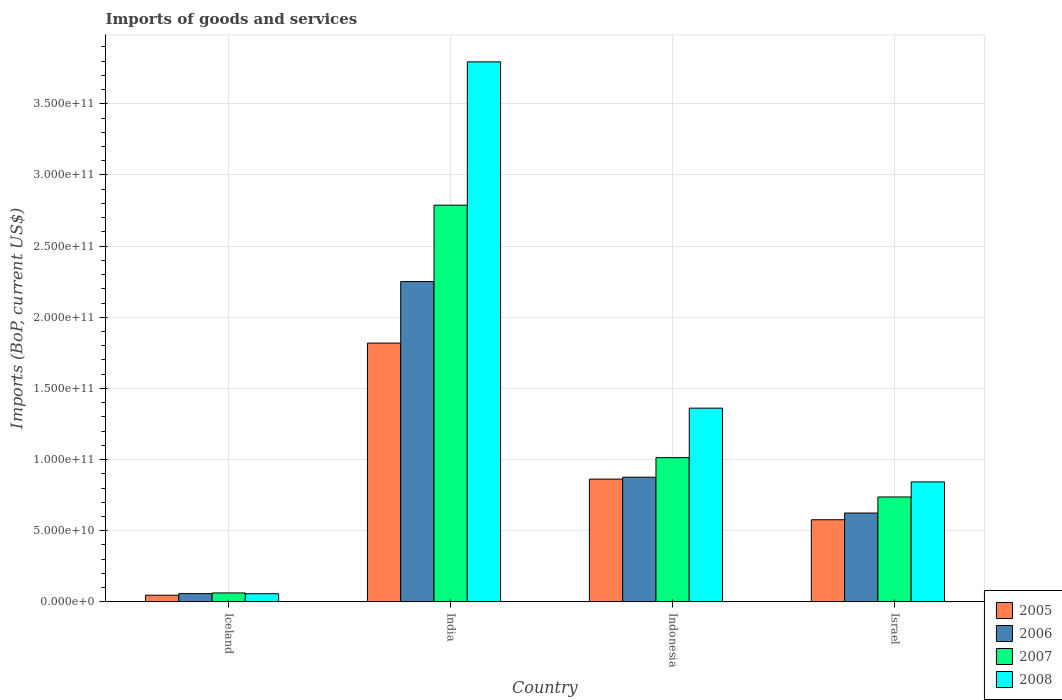
| Country | 2005 | 2006 | 2007 | 2008 |
 | --- | --- | --- | --- | --- |
 | Iceland | 4.68e+09 | 5.82e+09 | 6.27e+09 | 5.71e+09 |
 | India | 1.82e+11 | 2.25e+11 | 2.79e+11 | 3.79e+11 |
 | Indonesia | 8.63e+10 | 8.76e+10 | 1.01e+11 | 1.36e+11 |
 | Israel | 5.77e+10 | 6.24e+10 | 7.37e+10 | 8.43e+10 |